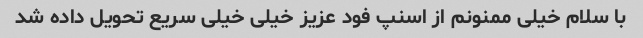
با سلام خیلی ممنونم از اسنپ فود عزیز خیلی خیلی سریع تحویل داده شد